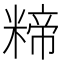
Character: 𮇱